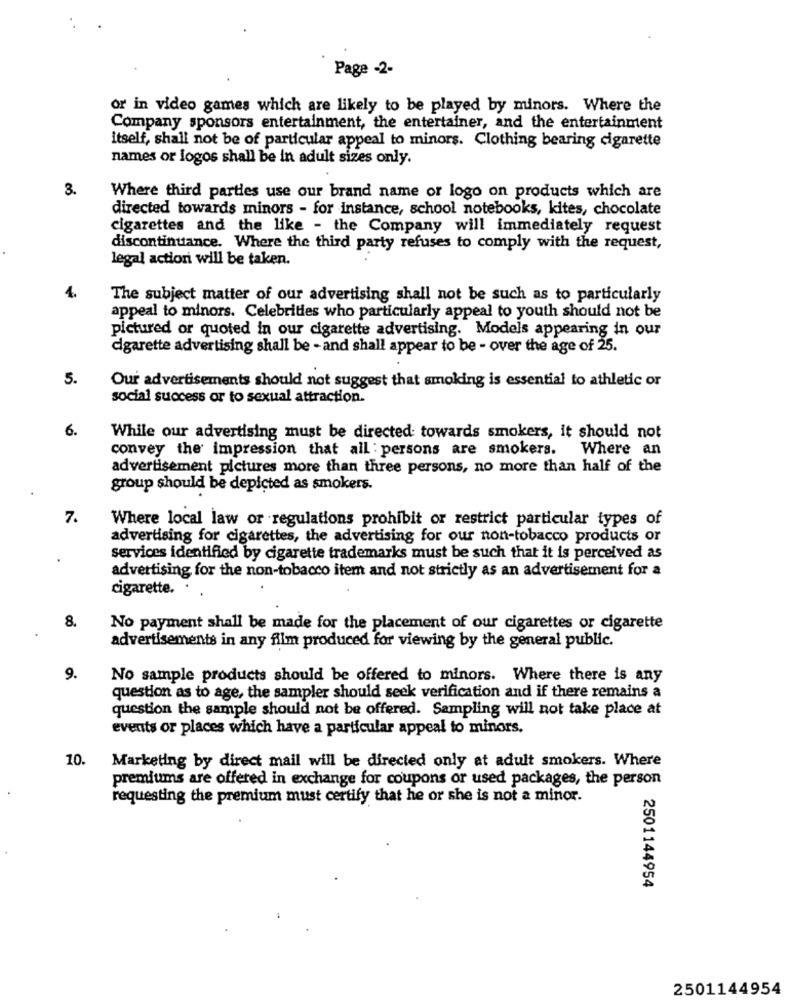
Page -2-
or in video games which are likely to be played by minors. Where the
Company sponsors entertainment, the entertainer, and the entertainment
itself, shall not be of particular appeal to minors. Clothing bearing cigarette
names or logos shall be in adult sizes only.
3.
Where third parties use our brand name or logo on products which are
directed towards minors - for instance, school notebooks, kites, chocolate
cigarettes and the like - the Company will immediately request
discontinuance. Where the third party refuses to comply with the request,
legal actioni will be taken.
4.
The subject matter of our advertising shall not be such as to particularly
appeal to minors. Celebrities who particularly appeal to youth should not be
pictured or quoted in our cigarette advertising. Models appearing in our
cigarette advertising shall be - and shall appear to be - over the age of 25.
5.
Our advertisements should not suggest that smoking is essential to athletic or
social success or to sexual attraction.
6.
While our advertising must be directed towards smokers, it should not
convey the impression that all : persons are smokers. Where an
advertisement pictures more than three persons, no more than half of the
group should be depicted as smokers.
7.
Where local law or regulations prohibit or restrict particular types of
advertising for cigarettes, the advertising for our non-tobacco products or
services identified by cigarette trademarks must be such that it is perceived as
advertising for the non-tobacco item and not strictly as an advertisement for a
cigarette.
8.
No payment shall be made for the placement of our cigarettes or cigarette
advertisements in any film produced for viewing by the general public.
9.
No sample products should be offered to minors. Where there is any
question as to age, the sampler should seek verification and if there remains a
question the sample should not be offered. Sampling will not take place at
events or places which have a particular appeal to minors.
10.
Marketing by direct mail will be directed only at adult smokers. Where
premiums are offered in exchange for coupons or used packages, the person
requesting the premium must certify that he or she is not a minor.
2501144954
2501144954